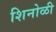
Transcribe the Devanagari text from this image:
शिनोळी